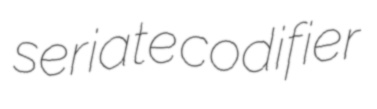
seriate codifier